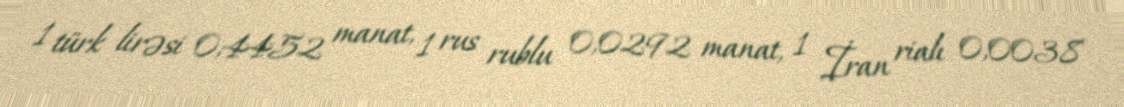
1 türk lirəsi 0,4452 manat, 1 rus rublu 0,0292 manat, 1 İran rialı 0,0038